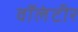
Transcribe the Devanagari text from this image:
वॉलंटीर